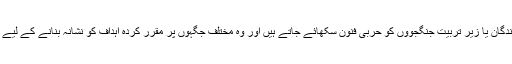
یہاں نئے بھرتی کنندگان یا زیر تربیت جنگجوؤں کو حربی فنون سکھائے جاتے ہیں اور وہ مختلف جگہوں پر مقرر کردہ اہداف کو نشانہ بنانے کے لیے فائرنگ کرتے ہیں۔